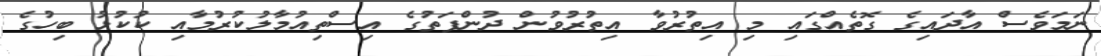
ނަމަވެސް އާދައިގެ ގޮތެއްގައި މި އިތުރުވާ އިތުރުވުން ދުންފަތުގެ އިސްތިއުމާލުކުރުމާއި ކުކުޅު ބިހުގެ